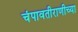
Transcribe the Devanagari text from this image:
चंपावतीराणीच्या